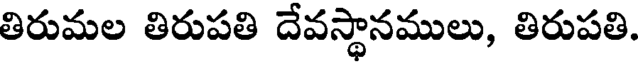
తిరుమల తిరుపతి దేవస్థానములు, తిరుపతి.